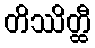
တိဿိတ္ထီ